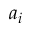
a _ { i }